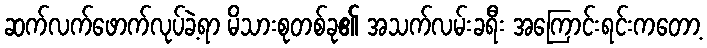
ဆက်လက်ဖောက်လုပ်ခဲ့ရာ မိသားစုတစ်ခု၏ အသက်လမ်းခရီး အကြောင်းရင်းကတော့